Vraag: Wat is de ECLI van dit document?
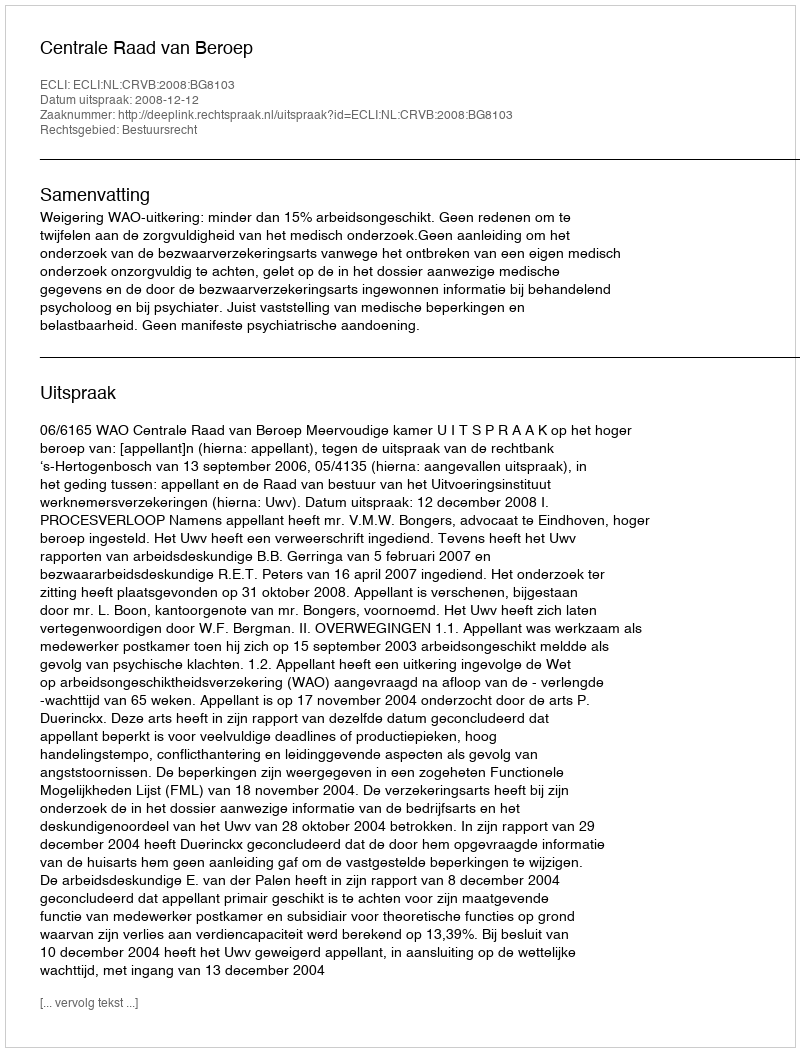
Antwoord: ECLI:NL:CRVB:2008:BG8103